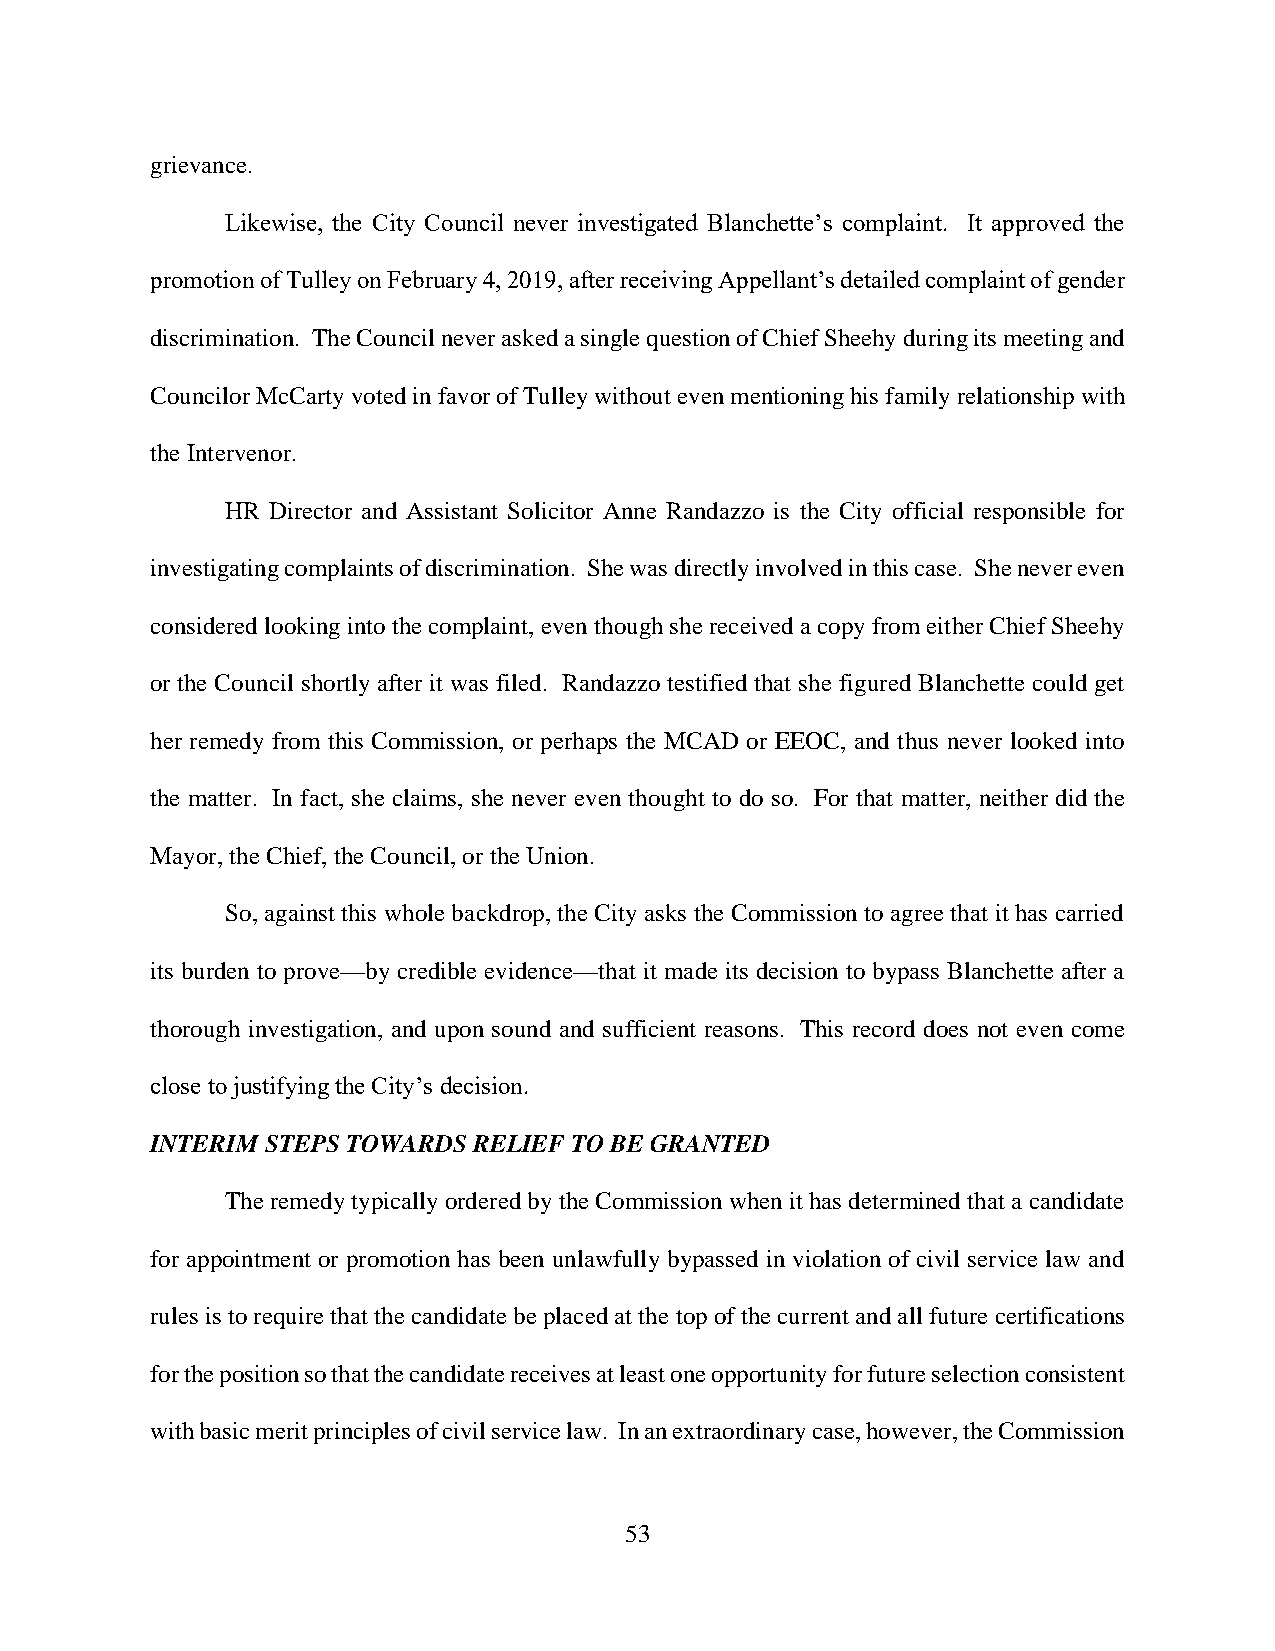
grievance.
 Likewise, the City Council never investigated Blanchette’s complaint. It approved the
 promotion of Tulley on February 4, 2019, after receiving Appellant’s detailed complaint of gender
 discrimination. The Council never asked a single question of Chief Sheehy during its meeting and
 Councilor McCarty voted in favor of Tulley without even mentioning his family relationship with
 the Intervenor.
 HR Director and Assistant Solicitor Anne Randazzo is the City official responsible for
 investigating complaints of discrimination. She was directly involved in this case. She never even
 considered looking into the complaint, even though she received a copy from either Chief Sheehy
 or the Council shortly after it was filed. Randazzo testified that she figured Blanchette could get
 her remedy from this Commission, or perhaps the MCAD or EEOC, and thus never looked into
 the matter. In fact, she claims, she never even thought to do so. For that matter, neither did the
 Mayor, the Chief, the Council, or the Union.
 So, against this whole backdrop, the City asks the Commission to agree that it has carried
 its burden to prove—by credible evidence—that it made its decision to bypass Blanchette after a
 thorough investigation, and upon sound and sufficient reasons. This record does not even come
 close to justifying the City’s decision.
 INTERIM STEPS TOWARDS RELIEF TO BE GRANTED
 The remedy typically ordered by the Commission when it has determined that a candidate
 for appointment or promotion has been unlawfully bypassed in violation of civil service law and
 rules is to require that the candidate be placed at the top of the current and all future certifications
 for the position so that the candidate receives at least one opportunity for future selection consistent
 with basic merit principles of civil service law. In an extraordinary case, however, the Commission
 53